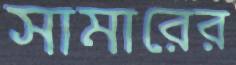
সামারের